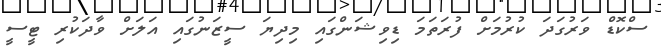
ސްކޮޑް ވަރުގަދަ ކުރުމަށް ފުރަތަމަ ޑިވިޝަންގައި މިދިޔަ ސީޒަނުގައި އަލަށް ވާދަކުރި ޓީސީ